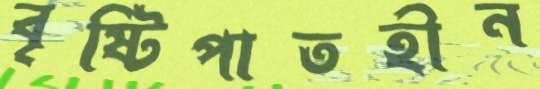
বৃষ্টিপাতহীন